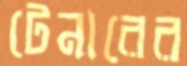
টেনারের